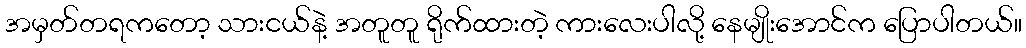
အမှတ်တရကတော့ သားငယ်နဲ့ အတူတူ ရိုက်ထားတဲ့ ကားလေးပါလို့ နေမျိုးအောင်က ပြောပါတယ်။